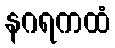
နဂရကထံ